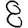
Digit: 8